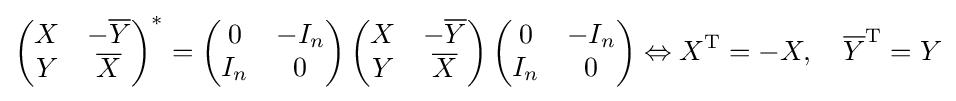
\left({\begin{matrix}X&-{\overline {Y}}\\Y&{\overline {X}}\end{matrix}}\right)^{*}=\left({\begin{matrix}0&-I_{n}\\I_{n}&0\end{matrix}}\right)\left({\begin{matrix}X&-{\overline {Y}}\\Y&{\overline {X}}\end{matrix}}\right)\left({\begin{matrix}0&-I_{n}\\I_{n}&0\end{matrix}}\right)\Leftrightarrow X^{\mathrm {T} }=-X,\quad {\overline {Y}}^{\mathrm {T} }=Y